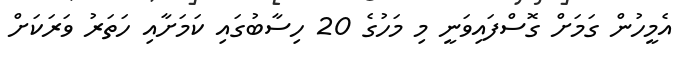
އެމީހުން ގަމަށް ގޮސްފައިވަނީ މި މަހުގެ 20 ހިސާބުގައި ކަމަށާއި ހަތަރު ވަރަކަށް